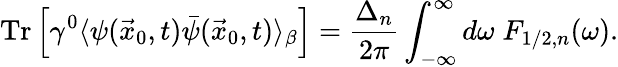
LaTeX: \mathrm{Tr}\left[\gamma^{0}\langle\psi(\vec{x}_{0},t)\bar{\psi}(\vec{x}_{0},t)\rangle_{\beta}\right]=\frac{\Delta_{n}}{2\pi}\int_{-\infty}^{\infty}d\omega\; F_{1/2,n}(\omega).